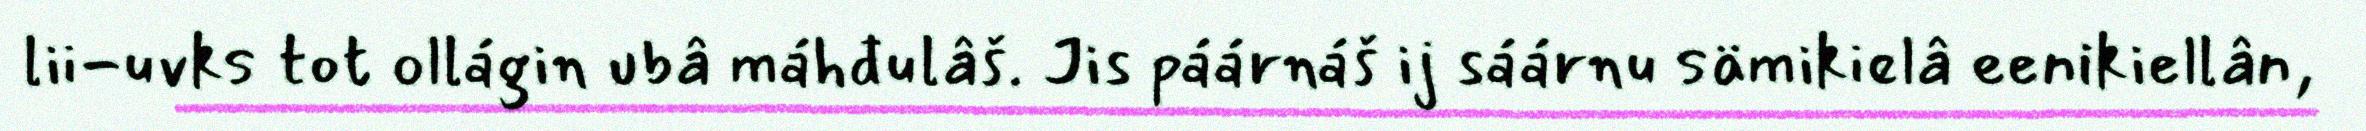
lii-uvks tot ollágin ubâ máhđulâš. Jis páárnáš ij sáárnu sämikielâ eenikiellân,